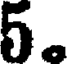
5.